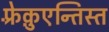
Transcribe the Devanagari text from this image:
फ़्रेक़ुएन्तिस्त